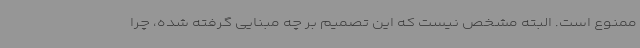
ممنوع است. البته مشخص نیست که این تصمیم بر چه مبنایی گرفته شده، چرا